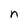
Character: n